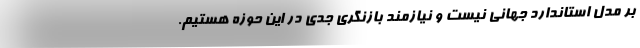
بر مدل استاندارد جهانی نیست و نیازمند بازنگری جدی در این حوزه هستیم.